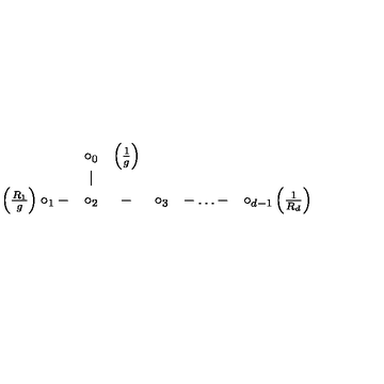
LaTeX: \begin{array} { c c c c c c c } { } & { \circ _ { 0 } } & { \left( \frac { 1 } { g } \right) } & { } & { } & { } & { } \\ { } & { \mid } & { } & { } & { } & { } & { } \\ { \left( \frac { R _ { 1 } } { g } \right) \circ _ { 1 } - } & { \circ _ { 2 } } & { - } & { \circ _ { 3 } } & { - \dots - } & { \circ _ { d - 1 } \left( \frac { 1 } { R _ { d } } \right) } \\ \end{array}